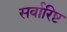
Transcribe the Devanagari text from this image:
सर्वारिष्ट